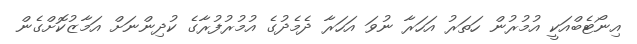
އިނޯޓެބްއަކީ އުމުރުން ހަތަރު އަހަރާ ނުވަ އަހަރާ ދެމެދުގެ އުމުރުފުރާގެ ކުދިންނަށް އަމާޒުކޮށްގެން